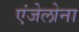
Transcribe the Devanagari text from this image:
एंजेलोना